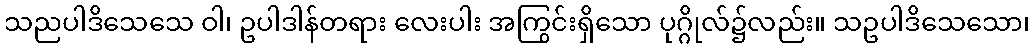
သညပါဒိသေသေ ဝါ၊ ဥပါဒါန်တရား လေးပါး အကြွင်းရှိသော ပုဂ္ဂိုလ်၌လည်း။ သဥပါဒိသေသော၊